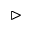
\vartriangleright